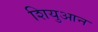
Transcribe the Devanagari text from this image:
शियुआन